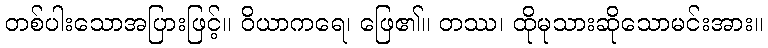
တစ်ပါးသောအပြားဖြင့်။ ဝိယာကရေ၊ ဖြေ၏။ တဿ၊ ထိုမုသားဆိုသောမင်းအား။